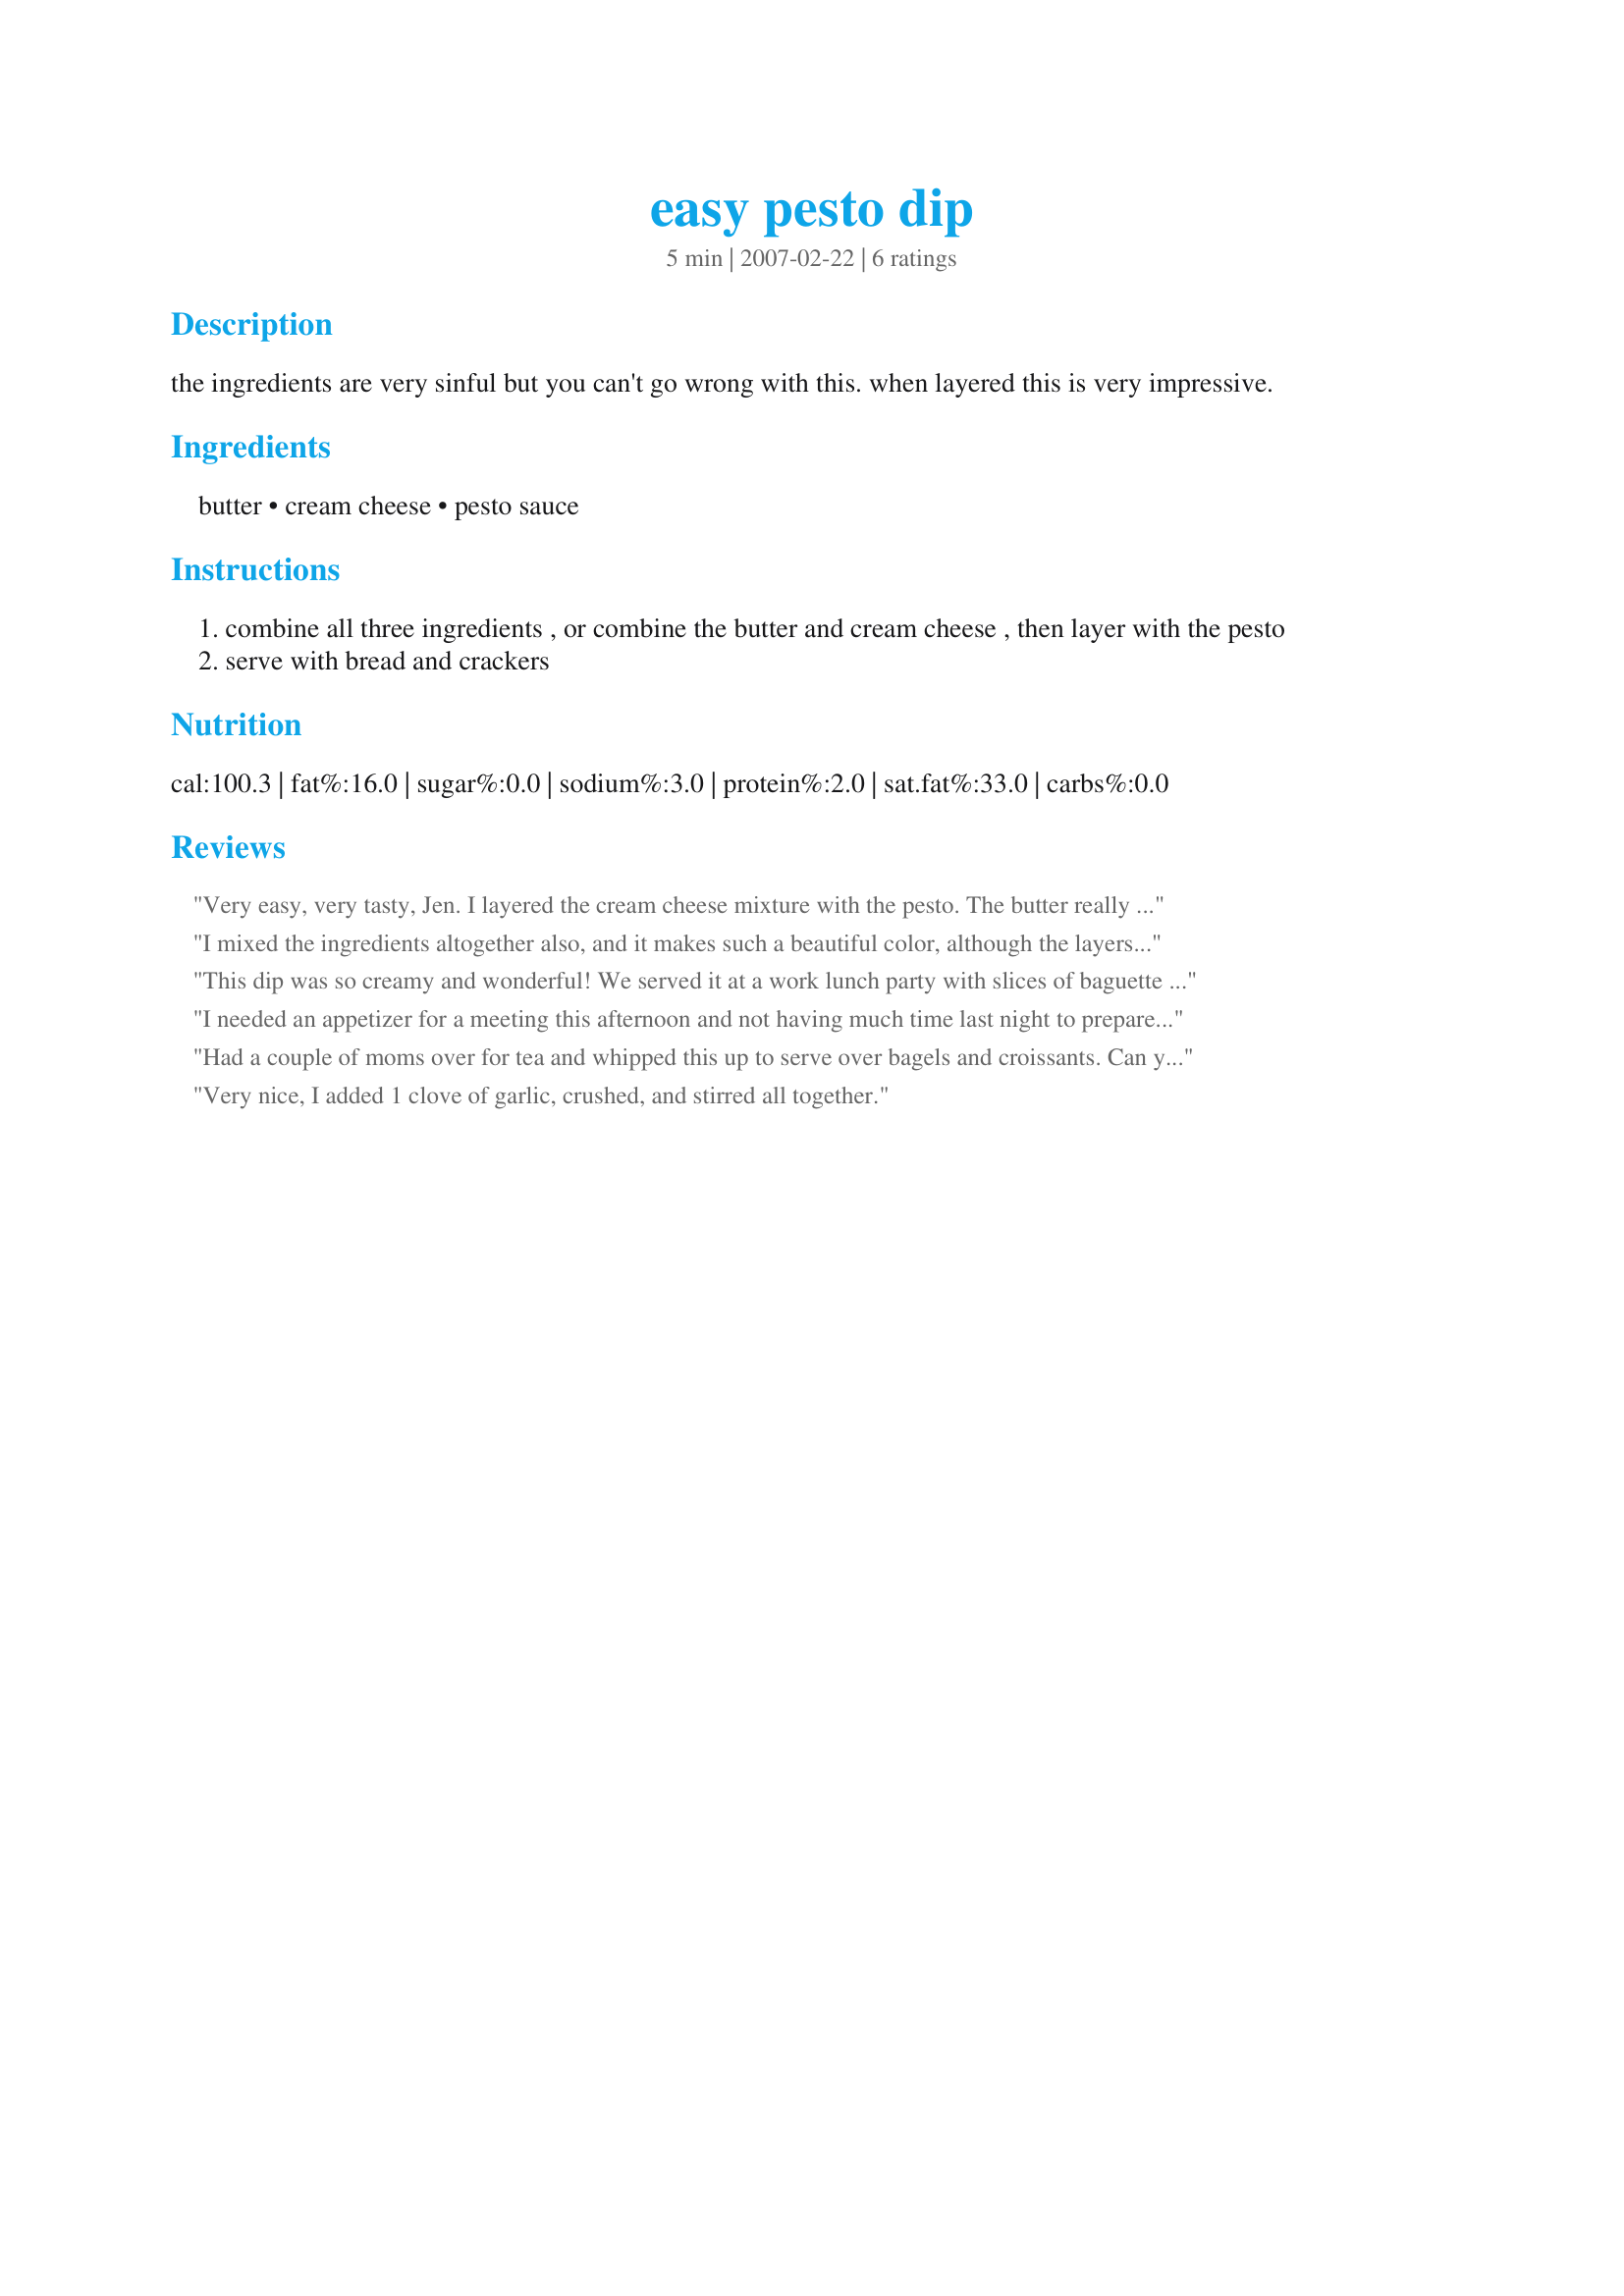
easy pesto dip
Preparation time: 5 minutes

the ingredients are very sinful but you can't go wrong with this. when layered this is very impressive.

Ingredients:
butter, cream cheese, pesto sauce

Steps:
combine all three ingredients , or combine the butter and cream cheese , then layer with the pesto
serve with bread and crackers

Reviews:
Very easy, very tasty, Jen. I layered the cream cheese mixture with the pesto. The butter really adds to the taste. YUM! Made for PAC Sprg07.
I mixed the ingredients altogether also, and it makes such a beautiful color, although the layers would be pretty also. The party I took it to, everyone loved it, and it will be a keeper for sure!!!
This dip was so creamy and wonderful! We served it at a work lunch party with slices of baguette and crackers and it went so well with the baguette. We mixed all the ingredients together for the sake of ease (and transportation) and let the dip sit overnight before we took it in the next day and the flavors really blended well together.

This is my new party dish...super easy and so delicious! Thanks!
I needed an appetizer for a meeting this afternoon and not having much time last night to prepare anything, I found this recipe and whipped it up. It couldn't have been easier and it had such a great flavor. Everyone really enjoyed it. This is a great recipe to have on hand!
Had a couple of moms over for tea and whipped this up to serve over bagels and croissants. Can you say delish? Look forward to trying this again after a longer refrigeration time, perhaps over pizza?
Very nice, I added 1 clove of garlic, crushed, and stirred all together.
